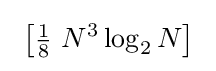
~\left[{\tfrac {1}{8}}\ N^{3}\log _{2}N\right]~